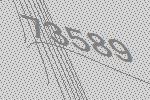
73589